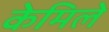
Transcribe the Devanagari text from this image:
केमिले